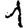
Digit: 1